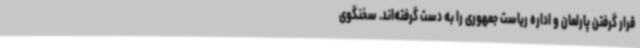
قرار گرفتن پارلمان و اداره ریاست جمهوری را به دست گرفته‌اند. سخنگوی